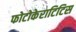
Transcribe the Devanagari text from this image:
फोटोकेराटिटिस